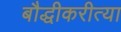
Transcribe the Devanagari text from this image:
बौद्धीकरीत्या